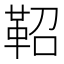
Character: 鞀